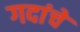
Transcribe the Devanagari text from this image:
गदांचे